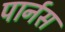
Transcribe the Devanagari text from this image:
पार्नस